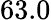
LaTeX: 63.0